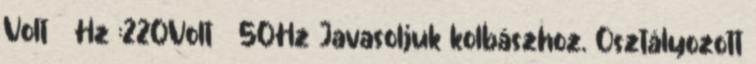
Volt Hz :220Volt 50Hz Javasoljuk kolbászhoz. Osztályozott